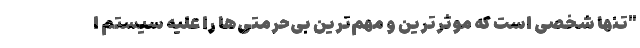
"تنها شخصی است که موثرترین و مهم‌ترین بی‌حرمتی‌ها را علیه سیستم ا